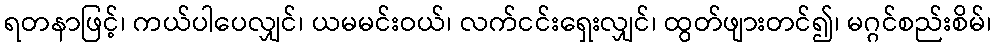
ရတနာဖြင့်၊ ကယ်ပါပေလျှင်၊ ယမမင်းဝယ်၊ လက်ငင်းရှေးလျှင်၊ ထွတ်ဖျားတင်၍၊ မဂ္ဂင်စည်းစိမ်၊